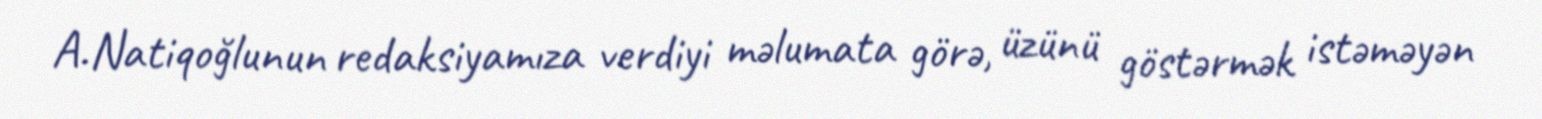
A.Natiqoğlunun redaksiyamıza verdiyi məlumata görə, üzünü göstərmək istəməyən